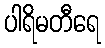
ပါရိမတီရေ